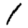
Digit: 1